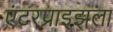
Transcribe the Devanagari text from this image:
एंटरप्राइझला